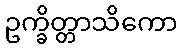
ဥက္ခိတ္တာသိကော